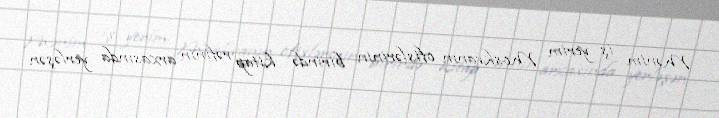
Mənim iş yerim Moskvanın ofislərinin birində kitap rəfinin arxasında yerləşən